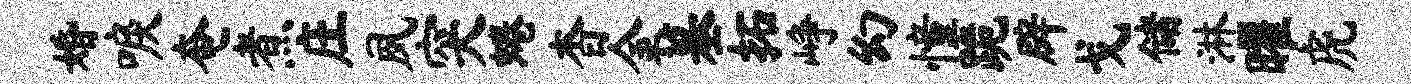
婚唳奄煮庄夙突蜷杳金墓拓峥幻憧跪辟戈储淋曜虎